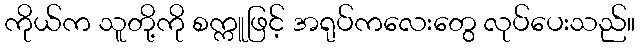
ကိုယ်က သူတို့ကို စက္ကူဖြင့် အရုပ်ကလေးတွေ လုပ်ပေးသည်။